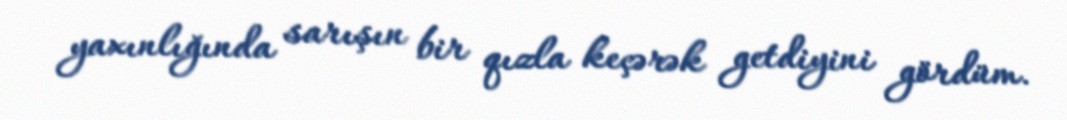
yaxınlığında sarışın bir qızla keçərək getdiyini gördüm.